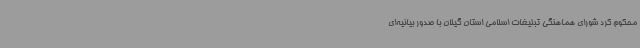
محکوم کرد شورای هماهنگی تبلیغات اسلامی استان گیلان با صدور بیانیه‌ای